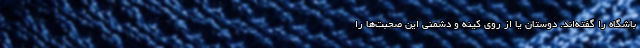
باشگاه را گفته‌اند. دوستان یا از روی کینه و دشمنی این صحبت‌ها را